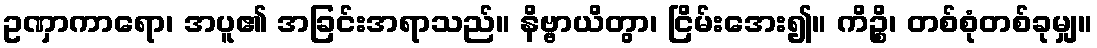
ဥဏှာကာရော၊ အပူ၏ အခြင်းအရာသည်။ နိဗ္ဗာယိတွာ၊ ငြိမ်းအေး၍။ ကိဉ္စိ၊ တစ်စုံတစ်ခုမျှ။